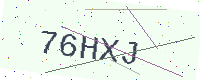
Text: 76HXJ